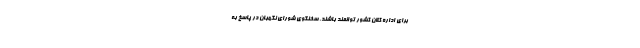
برای اداره کلان کشور توانمند باشند. سخنگوی شورای نگهبان در پاسخ به